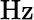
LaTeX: \mathrm{Hz}